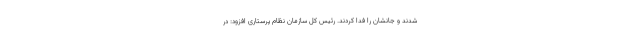
شدند و جانشان را فدا کردند. رئیس کل سازمان نظام پرستاری افزود: در